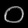
Digit: ၀